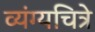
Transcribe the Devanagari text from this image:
व्यंग्यचित्रे